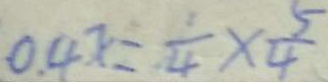
0 . 4 x = \frac { 1 } { 4 } \times \frac { 5 } { 4 }